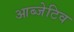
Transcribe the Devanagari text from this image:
आब्जेटिव